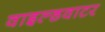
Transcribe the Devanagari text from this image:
वाइल्डवाटर